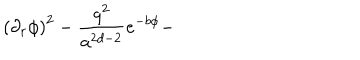
\left( \partial _ { r } \phi \right) ^ { 2 } - \frac { q ^ { 2 } } { a ^ { 2 d - 2 } } e ^ { - b \phi } -